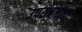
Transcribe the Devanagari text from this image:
उपसंहाराचा